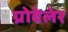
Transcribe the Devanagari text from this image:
ग्रोवेलेर